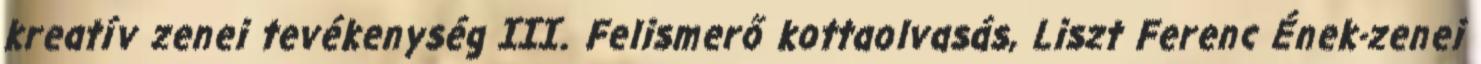
kreatív zenei tevékenység III. Felismerő kottaolvasás, Liszt Ferenc Ének-zenei